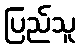
ပြည်သူ